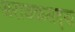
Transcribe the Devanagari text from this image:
अराजकसदृश